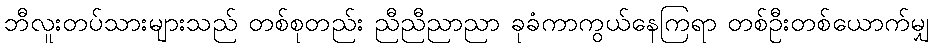
ဘီလူးတပ်သားများသည် တစ်စုတည်း ညီညီညာညာ ခုခံကာကွယ်နေကြရာ တစ်ဦးတစ်ယောက်မျှ